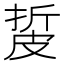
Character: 㿱